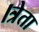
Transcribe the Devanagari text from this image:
।त्रेता